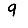
Digit: 9